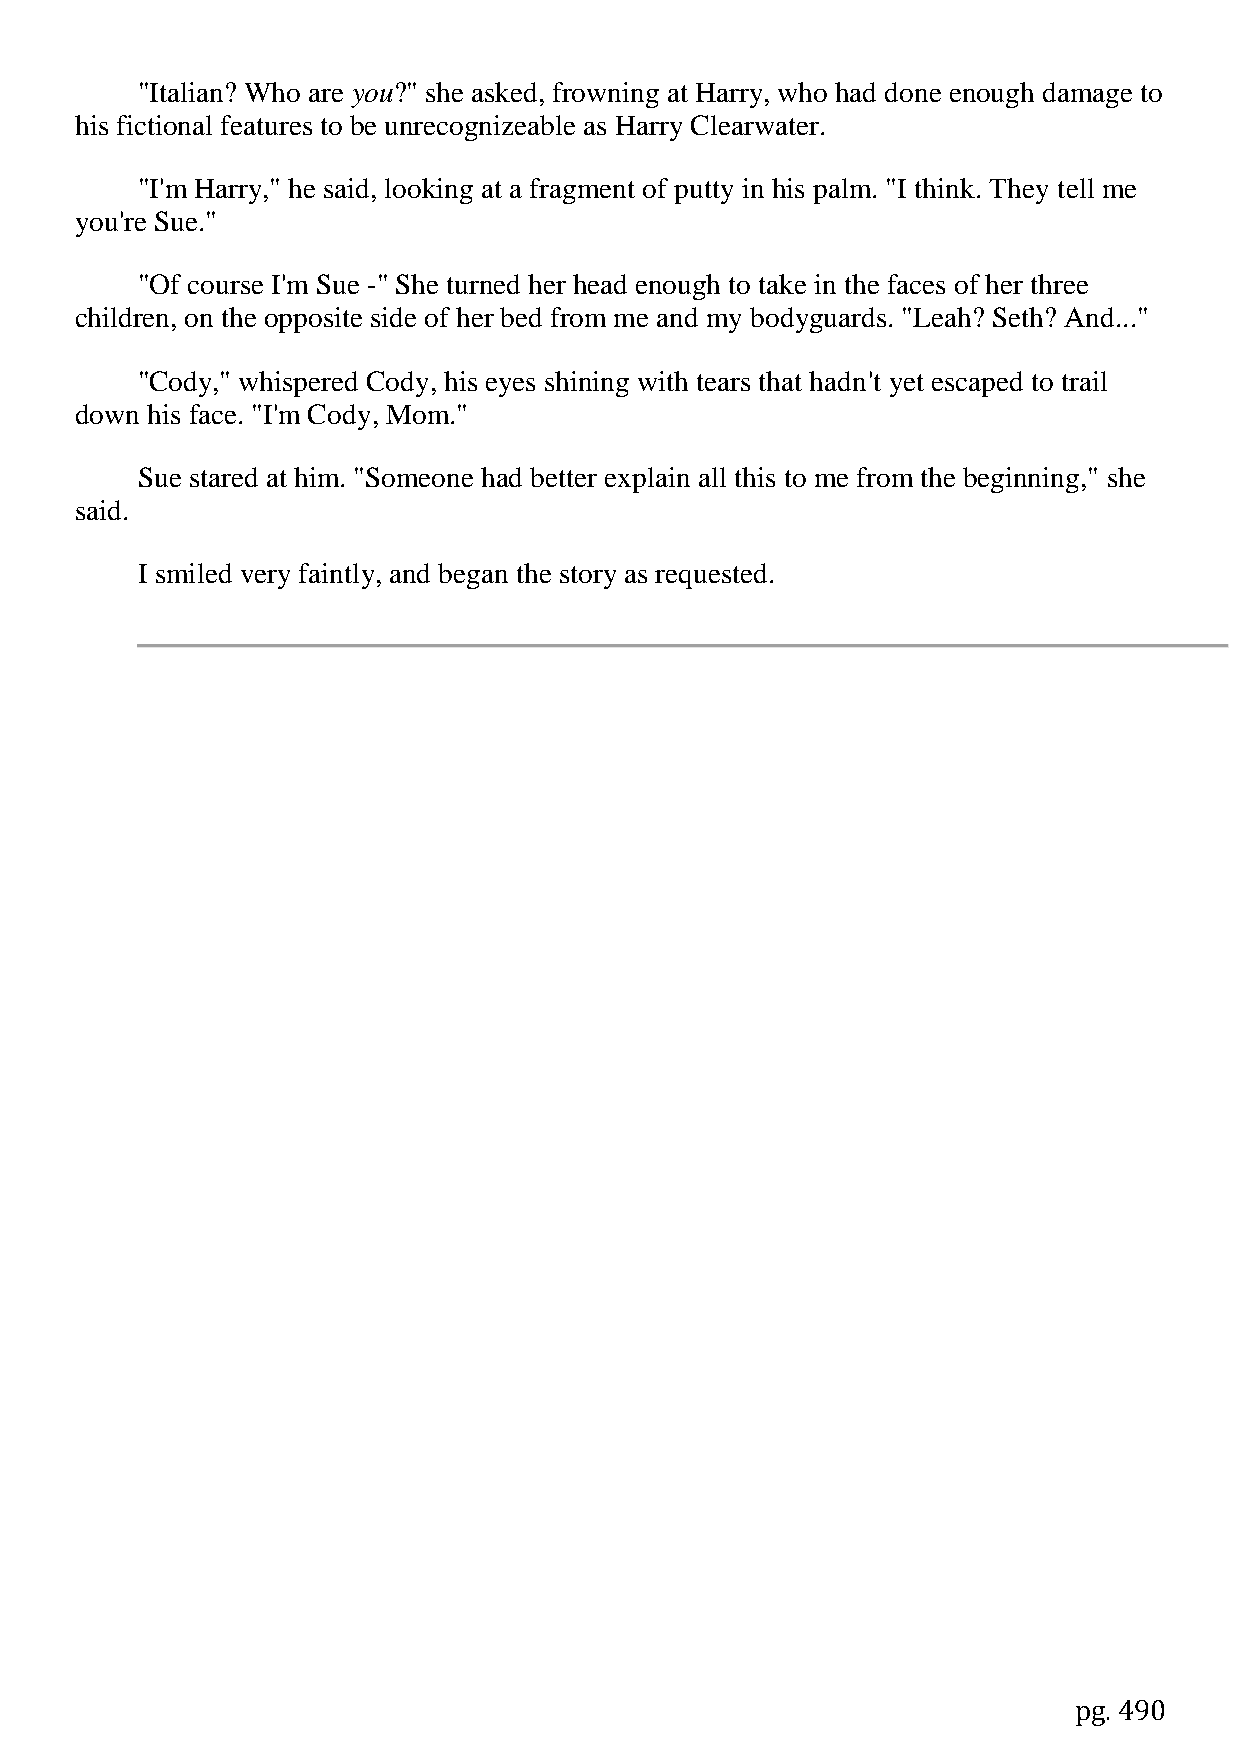
"Italian? Who are you?" she asked, frowning at Harry, who had done enough damage to
 his fictional features to be unrecognizeable as Harry Clearwater.
 "I'm Harry," he said, looking at a fragment of putty in his palm. "I think. They tell me
 you're Sue."
 "Of course I'm Sue -" She turned her head enough to take in the faces of her three
 children, on the opposite side of her bed from me and my bodyguards. "Leah? Seth? And..."
 "Cody," whispered Cody, his eyes shining with tears that hadn't yet escaped to trail
 down his face. "I'm Cody, Mom."
 Sue stared at him. "Someone had better explain all this to me from the beginning," she
 said.
 I smiled very faintly, and began the story as requested.
 pg. 490